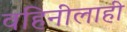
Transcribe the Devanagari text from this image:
वहिनीलाही